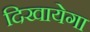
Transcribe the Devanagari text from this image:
दिखायेगा